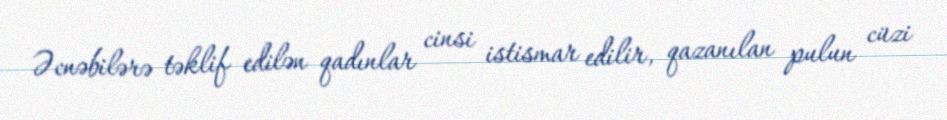
Əcnəbilərə təklif edilən qadınlar cinsi istismar edilir, qazanılan pulun cüzi